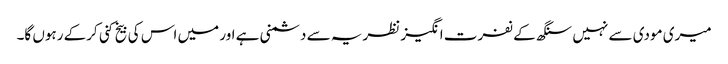
میری مودی سے نہیں سنگھ کے نفرت انگیز نظریہ سے دشمنی ہے اور میں اس کی بیخ کنی کرکے رہوں گا۔